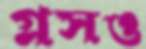
গ্লসও